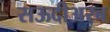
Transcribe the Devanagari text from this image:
सऊदीअरब